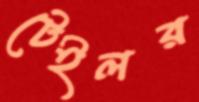
টেইলর